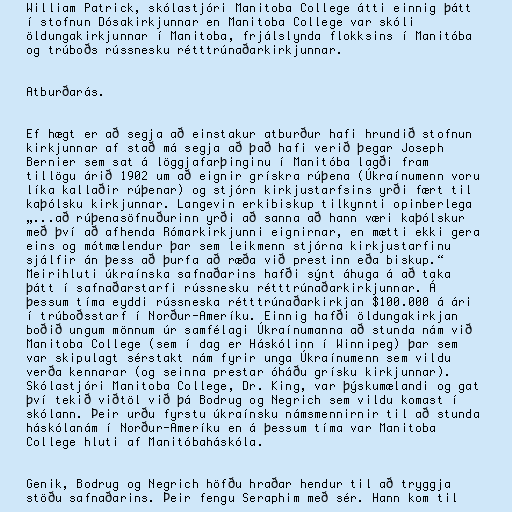
William Patrick, skólastjóri Manitoba College átti einnig þátt
í stofnun Dósakirkjunnar en Manitoba College var skóli
öldungakirkjunnar í Manitoba, frjálslynda flokksins í Manitóba
og trúboðs rússnesku rétttrúnaðarkirkjunnar.

Atburðarás.

Ef hægt er að segja að einstakur atburður hafi hrundið stofnun
kirkjunnar af stað má segja að það hafi verið þegar Joseph
Bernier sem sat á löggjafarþinginu í Manitóba lagði fram
tillögu árið 1902 um að eignir grískra rúþena (Úkraínumenn voru
líka kallaðir rúþenar) og stjórn kirkjustarfsins yrði fært til
kaþólsku kirkjunnar. Langevin erkibiskup tilkynnti opinberlega
„...að rúþenasöfnuðurinn yrði að sanna að hann væri kaþólskur
með því að afhenda Rómarkirkjunni eignirnar, en mætti ekki gera
eins og mótmælendur þar sem leikmenn stjórna kirkjustarfinu
sjálfir án þess að þurfa að ræða við prestinn eða biskup.“
Meirihluti úkraínska safnaðarins hafði sýnt áhuga á að taka
þátt í safnaðarstarfi rússnesku rétttrúnaðarkirkjunnar. Á
þessum tíma eyddi rússneska rétttrúnaðarkirkjan $100.000 á ári
í trúboðsstarf í Norður-Ameríku. Einnig hafði öldungakirkjan
boðið ungum mönnum úr samfélagi Úkraínumanna að stunda nám við
Manitoba College (sem í dag er Háskólinn í Winnipeg) þar sem
var skipulagt sérstakt nám fyrir unga Úkraínumenn sem vildu
verða kennarar (og seinna prestar óháðu grísku kirkjunnar).
Skólastjóri Manitoba College, Dr. King, var þýskumælandi og gat
því tekið viðtöl við þá Bodrug og Negrich sem vildu komast í
skólann. Þeir urðu fyrstu úkraínsku námsmennirnir til að stunda
háskólanám í Norður-Ameríku en á þessum tíma var Manitoba
College hluti af Manitóbaháskóla.

Genik, Bodrug og Negrich höfðu hraðar hendur til að tryggja
stöðu safnaðarins. Þeir fengu Seraphim með sér. Hann kom til